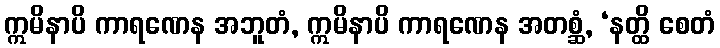
ဣမိနာပိ ကာရဏေန အဘူတံ, ဣမိနာပိ ကာရဏေန အတစ္ဆံ, ‘နတ္ထိ စေတံ